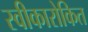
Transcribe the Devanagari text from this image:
स्वीकारोकित